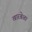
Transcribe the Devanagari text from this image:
खारबेळा